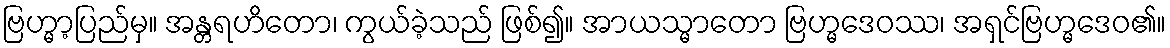
ဗြဟ္မာ့ပြည်မှ။ အန္တရဟိတော၊ ကွယ်ခဲ့သည် ဖြစ်၍။ အာယသ္မာတော ဗြဟ္မဒေဝဿ၊ အရှင်ဗြဟ္မဒေဝ၏။